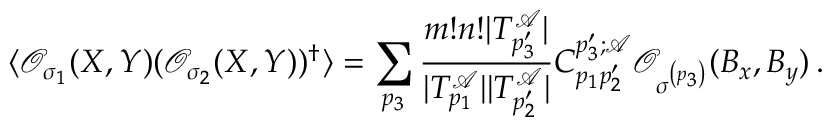
\langle \mathcal { O } _ { \sigma _ { 1 } } ( X , Y ) ( \mathcal { O } _ { \sigma _ { 2 } } ( X , Y ) ) ^ { \dagger } \rangle = \sum _ { p _ { 3 } } \frac { m ! n ! | T _ { p _ { 3 } ^ { \prime } } ^ { \mathcal { A } } | } { | T _ { p _ { 1 } } ^ { \mathcal { A } } | | T _ { p _ { 2 } ^ { \prime } } ^ { \mathcal { A } } | } C _ { p _ { 1 } p _ { 2 } ^ { \prime } } ^ { p _ { 3 } ^ { \prime } ; \mathcal { A } } \mathcal { O } _ { \sigma ^ { \left( p _ { 3 } \right) } } ( B _ { x } , B _ { y } ) \, .